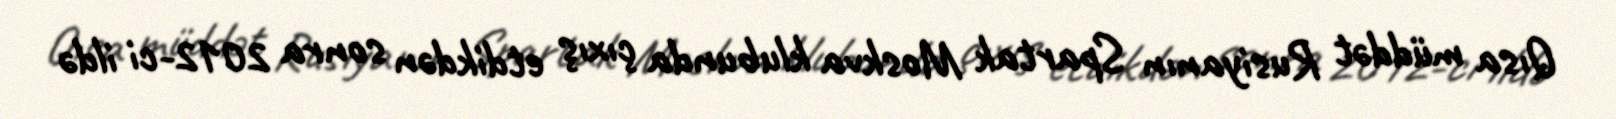
Qısa müddət Rusiyanın Spartak Moskva klubunda çıxış etdikdən sonra 2012-ci ildə